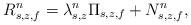
LaTeX: \begin{align*} R^{n}_{s,z,f} = \lambda^{n}_{s,z} \Pi_{s,z,f} + N^{n}_{s,z,f}, \end{align*}